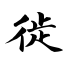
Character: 徙